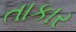
તાકાર